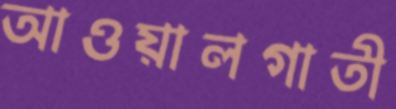
আওয়ালগাতী